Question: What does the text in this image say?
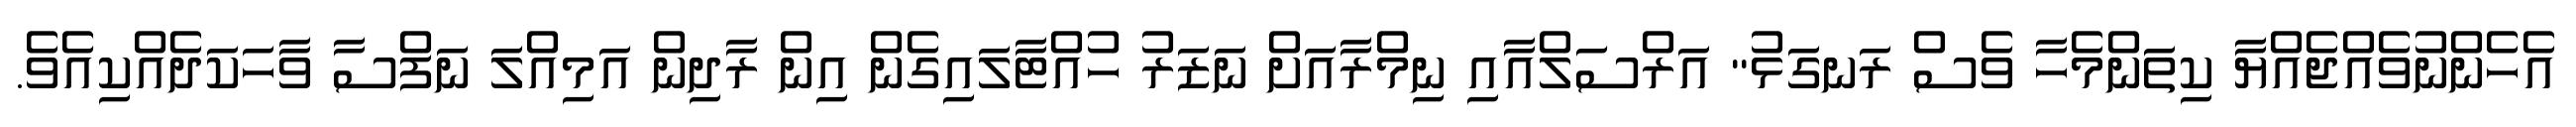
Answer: އެހެންނުވެއްޖެއްޔާ ކިތަންމެހާ ވެސް ރަނގަޅު" އަރްސަލްއާއި ނިމްރާއަށް ނަޒަރު ހުއްޓާލައިގެން އިން ރާދިން އަމިއްލަ ނަފްސާ ވާހަކަދެއްކިއެވެ.